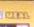
meal